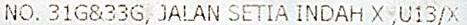
NO. 31G&33G, JALAN SETIA INDAH X ,U13/X